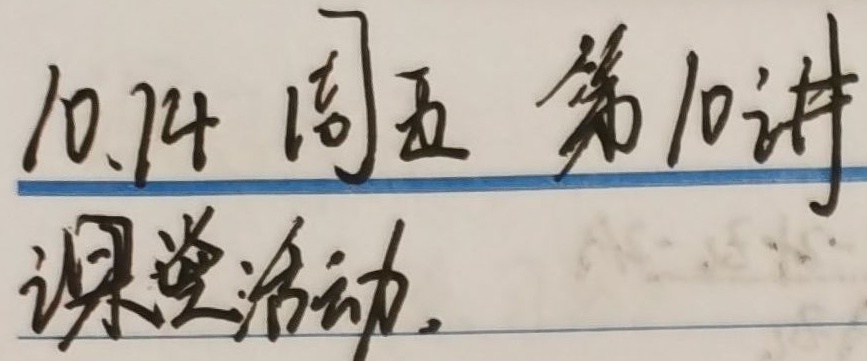
10.14 周五 第10讲课堂活动。